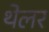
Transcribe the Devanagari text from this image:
थेलर